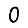
Digit: 0